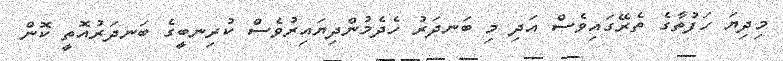
މިދިޔަ ހަފުތާގެ ތެރޭގައިވެސް އަދި މި ބަނދަރު ހެދެމުންދިޔައިރުވެސް ކުރިނބީގެ ބަނދަރުއޮތީ ކޮން